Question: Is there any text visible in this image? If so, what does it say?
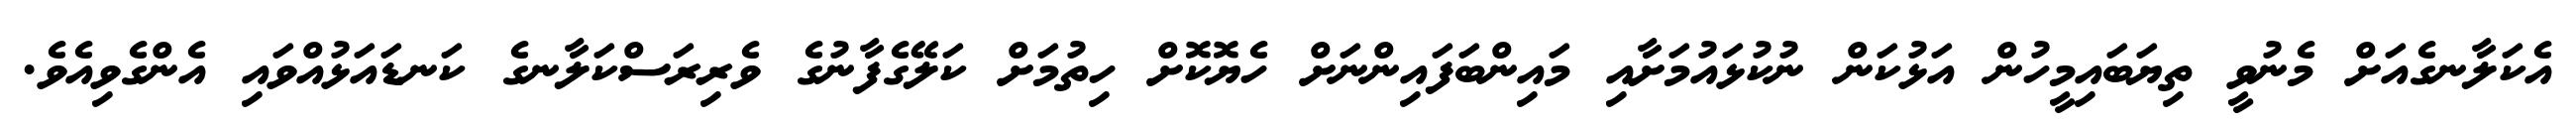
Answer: އެކަލާނގެއަށް މެނުވީ ތިޔަބައިމީހުން އަޅުކަން ނުކުޅައުމަށާއި މައިންބަފައިންނަށް ހެޔޮކޮށް ހިތުމަށް ކަލޭގެފާނުގެ ވެރިރަސްކަލާނގެ ކަނޑައަޅުއްވައި އެންގެވިއެވެ.